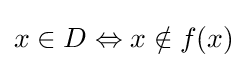
x\in D\Leftrightarrow x\notin f(x)